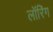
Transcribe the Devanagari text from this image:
लॉरिंग